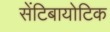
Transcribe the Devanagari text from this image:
सेंटिबायोटिक